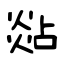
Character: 煔